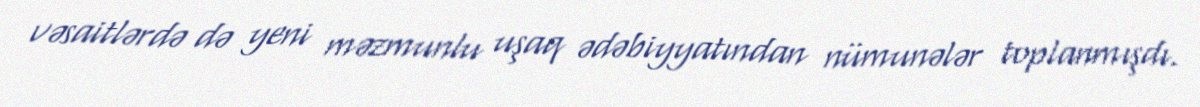
vəsaitlərdə də yeni məzmunlu uşaq ədəbiyyatından nümunələr toplanmışdı.